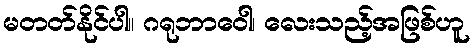
မတတ်နိုင်ပါ။ ဂရုဘာဝေါ၊ လေးသည့်အဖြစ်ဟူ